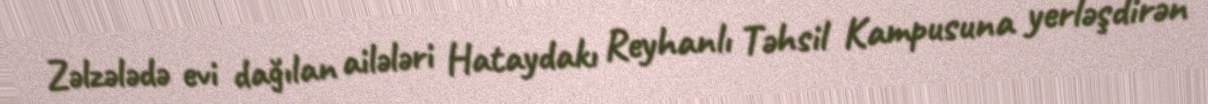
Zəlzələdə evi dağılan ailələri Hataydakı Reyhanlı Təhsil Kampusuna yerləşdirən